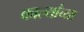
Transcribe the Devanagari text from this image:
कार्ल्यांच्या